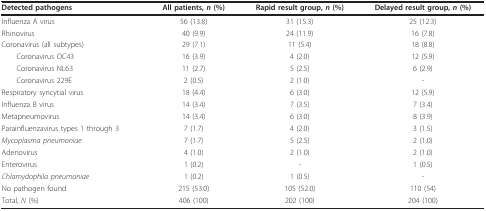
<table><thead><tr><td><b>Detected pathogens</b></td><td><b>All patients, <i>n </i>(%)</b></td><td><b>Rapid result group, <i>n </i>(%)</b></td><td><b>Delayed result group, <i>n </i>(%)</b></td></tr></thead><tbody><tr><td>Influenza A virus</td><td>56 (13.8)</td><td>31 (15.3)</td><td>25 (12.3)</td></tr><tr><td>Rhinovirus</td><td>40 (9.9)</td><td>24 (11.9)</td><td>16 (7.8)</td></tr><tr><td>Coronavirus (all subtypes)</td><td>29 (7.1)</td><td>11 (5.4)</td><td>18 (8.8)</td></tr><tr><td> Coronavirus OC43</td><td>16 (3.9)</td><td>4 (2.0)</td><td>12 (5.9)</td></tr><tr><td> Coronavirus NL63</td><td>11 (2.7)</td><td>5 (2.5)</td><td>6 (2.9)</td></tr><tr><td> Coronavirus 229E</td><td>2 (0.5)</td><td>2 (1.0)</td><td>-</td></tr><tr><td>Respiratory syncytial virus</td><td>18 (4.4)</td><td>6 (3.0)</td><td>12 (5.9)</td></tr><tr><td>Influenza B virus</td><td>14 (3.4)</td><td>7 (3.5)</td><td>7 (3.4)</td></tr><tr><td>Metapneumovirus</td><td>14 (3.4)</td><td>6 (3.0)</td><td>8 (3.9)</td></tr><tr><td>Parainfluenzavirus types 1 through 3</td><td>7 (1.7)</td><td>4 (2.0)</td><td>3 (1.5)</td></tr><tr><td><i>Mycoplasma pneumoniae</i></td><td>7 (1.7)</td><td>5 (2.5)</td><td>2 (1.0)</td></tr><tr><td>Adenovirus</td><td>4 (1.0)</td><td>2 (1.0)</td><td>2 (1.0)</td></tr><tr><td>Enterovirus</td><td>1 (0.2)</td><td>-</td><td>1 (0.5)</td></tr><tr><td><i>Chlamydophila pneumoniae</i></td><td>1 (0.2)</td><td>1 (0.5)</td><td>-</td></tr><tr><td>No pathogen found</td><td>215 (53.0)</td><td>105 (52.0)</td><td>110 (54)</td></tr><tr><td>Total, <i>N </i>(%)</td><td>406 (100)</td><td>202 (100)</td><td>204 (100)</td></tr></tbody></table>